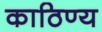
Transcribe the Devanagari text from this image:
काठिण्य